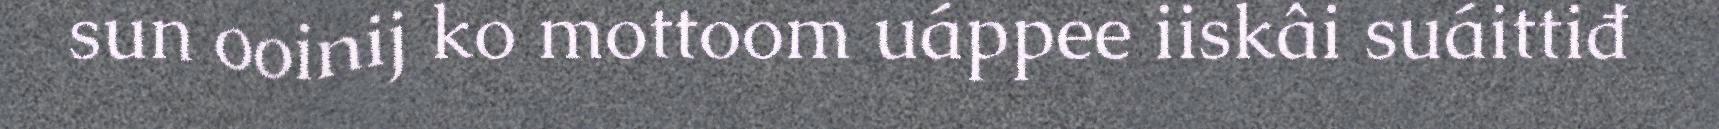
sun ooinij ko mottoom uáppee iiskâi suáittiđ